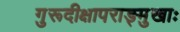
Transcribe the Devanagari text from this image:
गुरूदीक्षापराङ्मुखाः